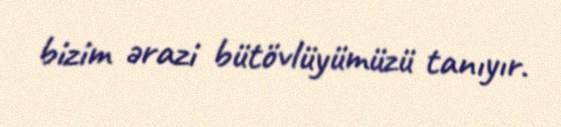
bizim ərazi bütövlüyümüzü tanıyır.